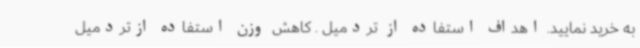
به خرید نمایید. اهداف استفاده از تردمیل . کاهش وزن استفاده ازتردمیل